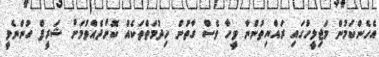
އެހެންކަމުން މަޖިލީހުގައި ރައްޔިތުންނާ ވީހާ ވެސް ގާތުން ހިދުމަތްތަކެއް ކޮށްދެއްވުމަށް ޝަރީފް ހުންނެވީ